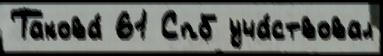
Такова́ 61 Спб уча́ствовал